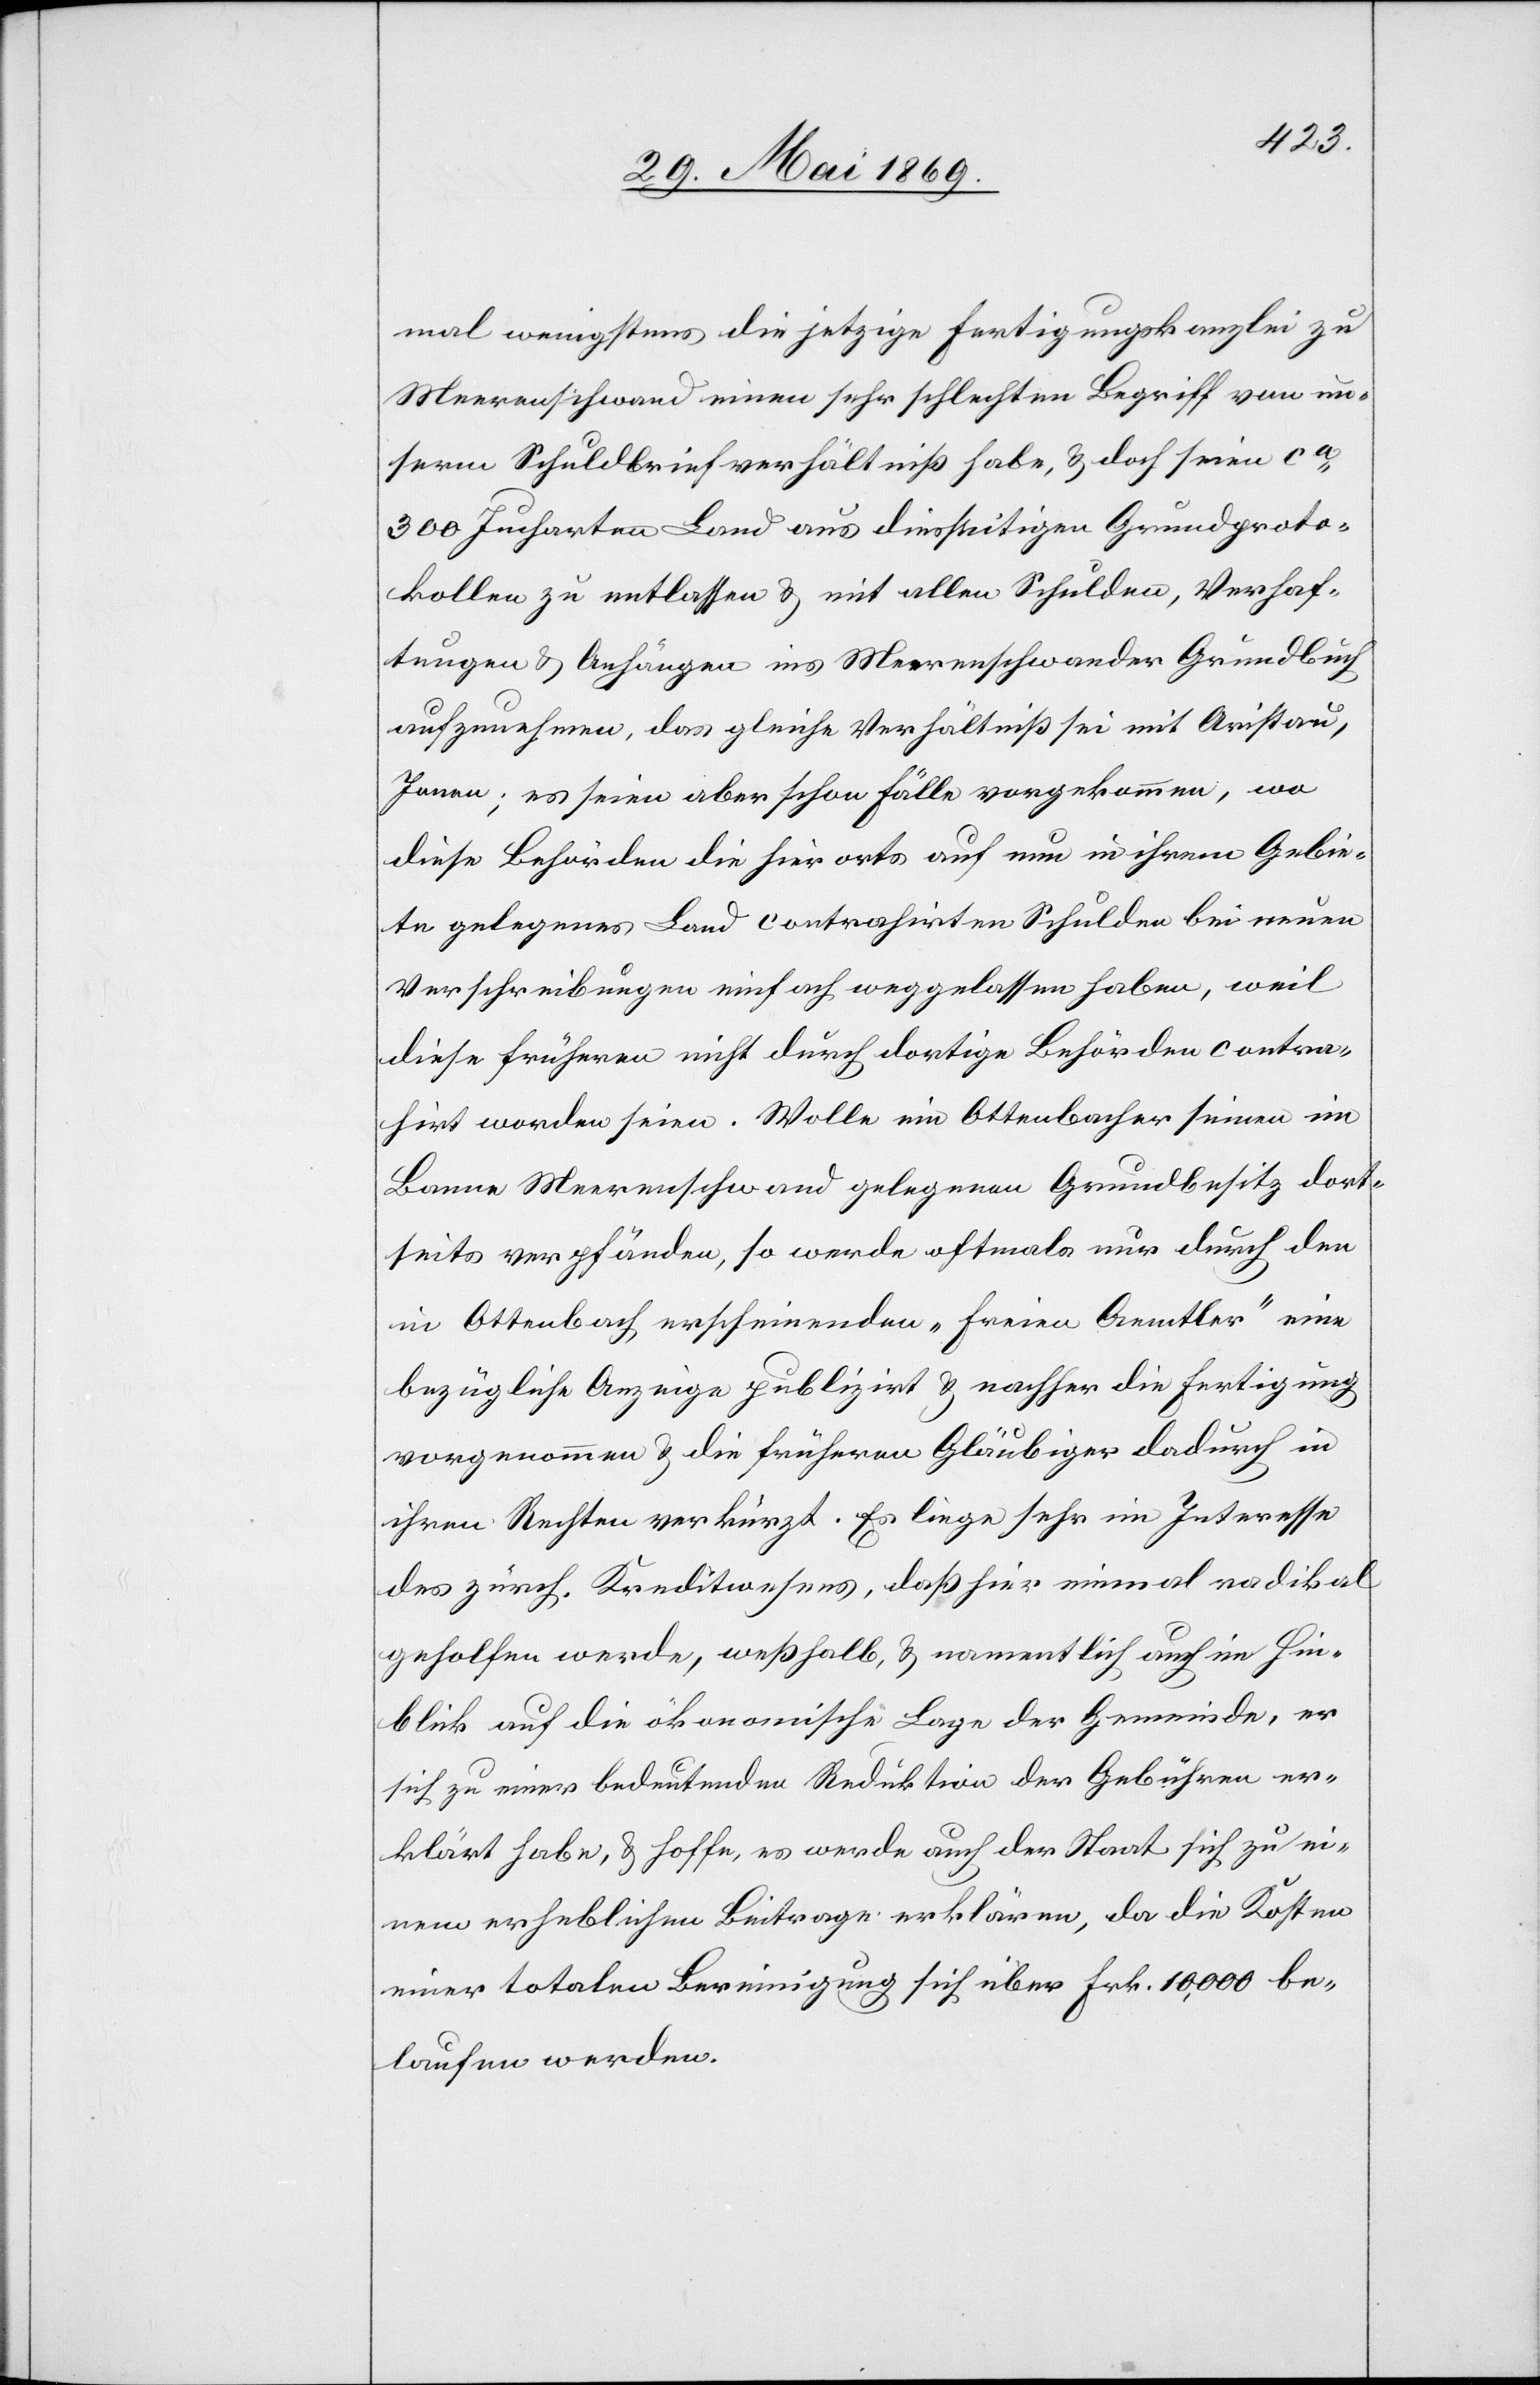
mal wenigstens die jetzige Fertigungskanzlei zu
Meerenschwand einen sehr schlechten Begriff von un¬
serm Schuldbriefverhältniß habe, u. doch seien ca
300 Jucharten Land aus diesseitigen Grundproto¬
kollen zu entlassen u. mit allen Schulden, Verhaf¬
tungen u. Anhängen ins Meerenschwander Grundbuch
aufzunehmen, das gleiche Verhältniß sei mit Aristau,
Jonen; es seien aber schon Fälle vorgekommen, wo
diese Behörden die hierorts auch um in ihrem Gebie¬
te gelegenes Land contrahirten Schulden bei neuen
Verschreibungen einfach weggelassen haben, weil
diese frühern nicht durch dortige Behörden contra¬
hirt worden seien. Wolle ein Ottenbacher seinen im
Banne Meerschwanden gelegenen Grundbesitz dort¬
seits verpfänden, so werde oftmals nur durch den
in Ottenbach erscheinenden „freien Aemtler“ eine
bezügliche Anzeige publizirt u. nachher die Fertigung
vorgenommen u. die frühern Gläubiger dadurch in
ihren Rechten verkürzt. Es liege sehr im Interesse
des zürch. Kreditwesens, daß hier einmal radikal
geholfen werde, weßhalb namentlich auch im Hin¬
blick auf die ökonomische Lage der Gemeinde, er
sich zu einer bedeutenden Reduktion der Gebühren er¬
klärt habe, u. hoffe, es werde auch der Staat sich zu ei¬
nem erheblichen Beitrage erklären, da die Kosten
einer totalen Bereinigung sich über Frk. 10,000 be¬
laufen werden.